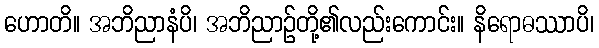
ဟောတိ။ အဘိညာနံပိ၊ အဘိညာဉ်တို့၏လည်းကောင်း။ နိရောဓဿာပိ၊